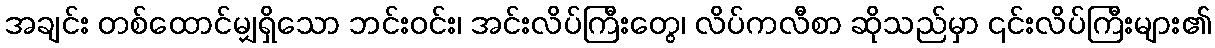
အချင်း တစ်ထောင်မျှရှိသော ဘင်းဝင်း၊ အင်းလိပ်ကြီးတွေ၊ လိပ်ကလီစာ ဆိုသည်မှာ ၎င်းလိပ်ကြီးများ၏